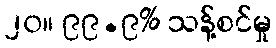
၂၀။ ၉၉.၉% သန့်စင်မှု